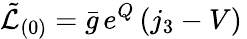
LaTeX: \tilde{\mathcal{L}}_{(0)}=\bar{g}\, e^{Q}\, (j_{3}-V)\,